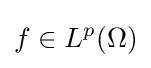
f\in L^{p}(\Omega )